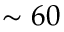
\sim 6 0